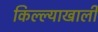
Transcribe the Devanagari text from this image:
किल्ल्याखाली